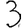
Digit: 3